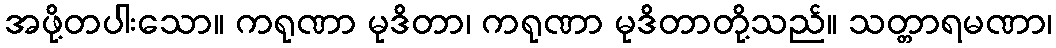
အဖို့တပါးသော။ ကရုဏာ မုဒိတာ၊ ကရုဏာ မုဒိတာတို့သည်။ သတ္တာရမဏာ၊